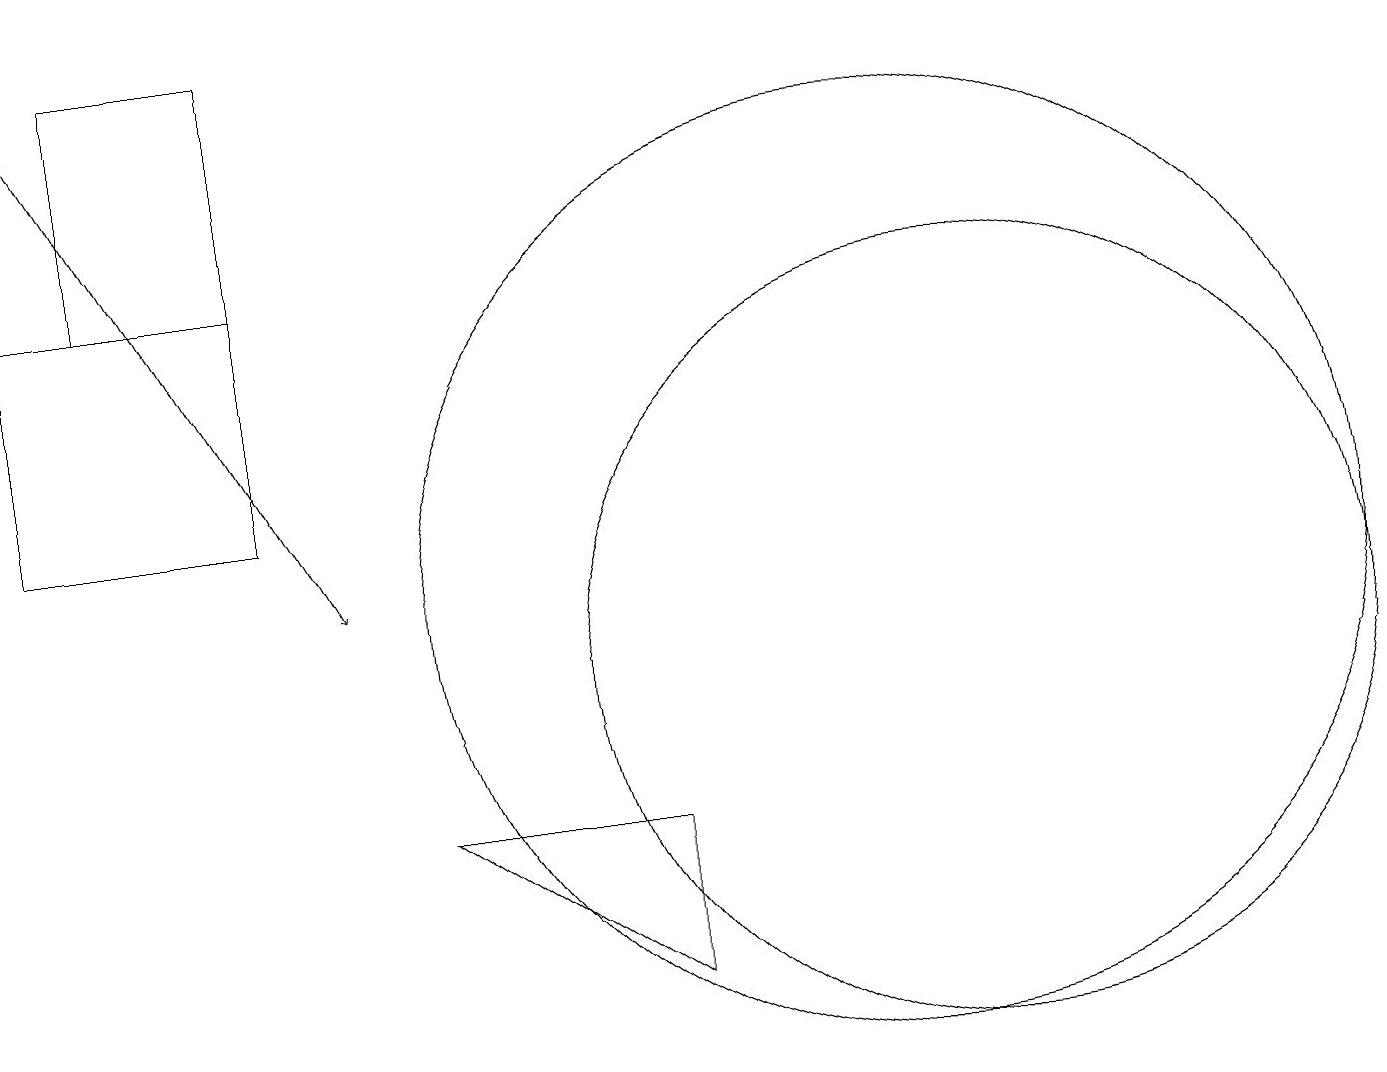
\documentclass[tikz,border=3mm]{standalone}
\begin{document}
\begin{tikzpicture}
\draw (11,11) circle (6);
\draw[->] (0,18) -- (4,11);
\draw (0,12) rectangle (3,15);
\draw (1,18) rectangle (3,15);
\draw (5,8) -- (8,8) -- (8,6) -- cycle;
\draw (12,10) circle (5);
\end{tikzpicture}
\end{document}